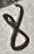
Text: 8